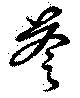
苓